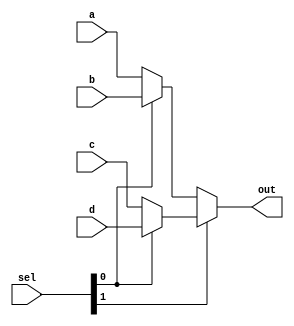
module mux4to1 #(parameter DATA_WIDTH = 32)
					 (input [DATA_WIDTH-1:0] a, input [DATA_WIDTH-1:0] b, input [DATA_WIDTH-1:0] c, input [DATA_WIDTH-1:0] d,
					 input [1:0] sel, output wire [DATA_WIDTH-1:0] out);

	assign out = sel[1] ? (sel[0] ? d : c) : (sel[0] ? b : a);

endmodule